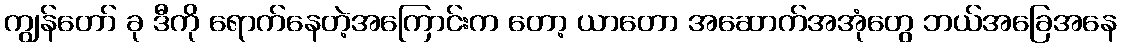
ကျွန်တော် ခု ဒီကို ရောက်နေတဲ့အကြောင်းက တော့ ယာတော အဆောက်အအုံတွေ ဘယ်အခြေအနေ